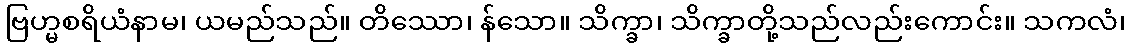
ဗြဟ္မစရိယံနာမ၊ ယမည်သည်။ တိဿော၊ န်သော။ သိက္ခာ၊ သိက္ခာတို့သည်လည်းကောင်း။ သကလံ၊